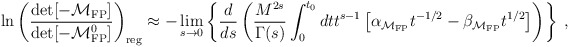
\begin{align*}\ln\left({\det[-{\cal M}_{\rm FP}]\over \det[-{\cal M}^0_{\rm FP}]}\right)_{\rm reg} \approx-\lim_{s\to0}\left\{{d\over ds}\left({M^{2s}\over\Gamma(s)}\int_0^{t_0} dt t^{s-1}\left[\alpha_{{\cal M}_{\rm FP}} t^{-1/2}-\beta_{{\cal M}_{\rm FP}} t^{1/2}\right]\right)\right\}\;,\end{align*}